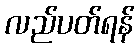
လည်ပတ်ရန်